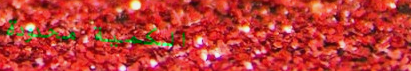
الكمية محدودة